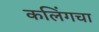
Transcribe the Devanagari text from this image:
कलिंगचा